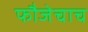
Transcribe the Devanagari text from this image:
फौजेचाच